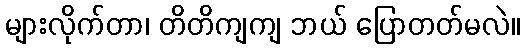
များလိုက်တာ၊ တိတိကျကျ ဘယ် ပြောတတ်မလဲ။